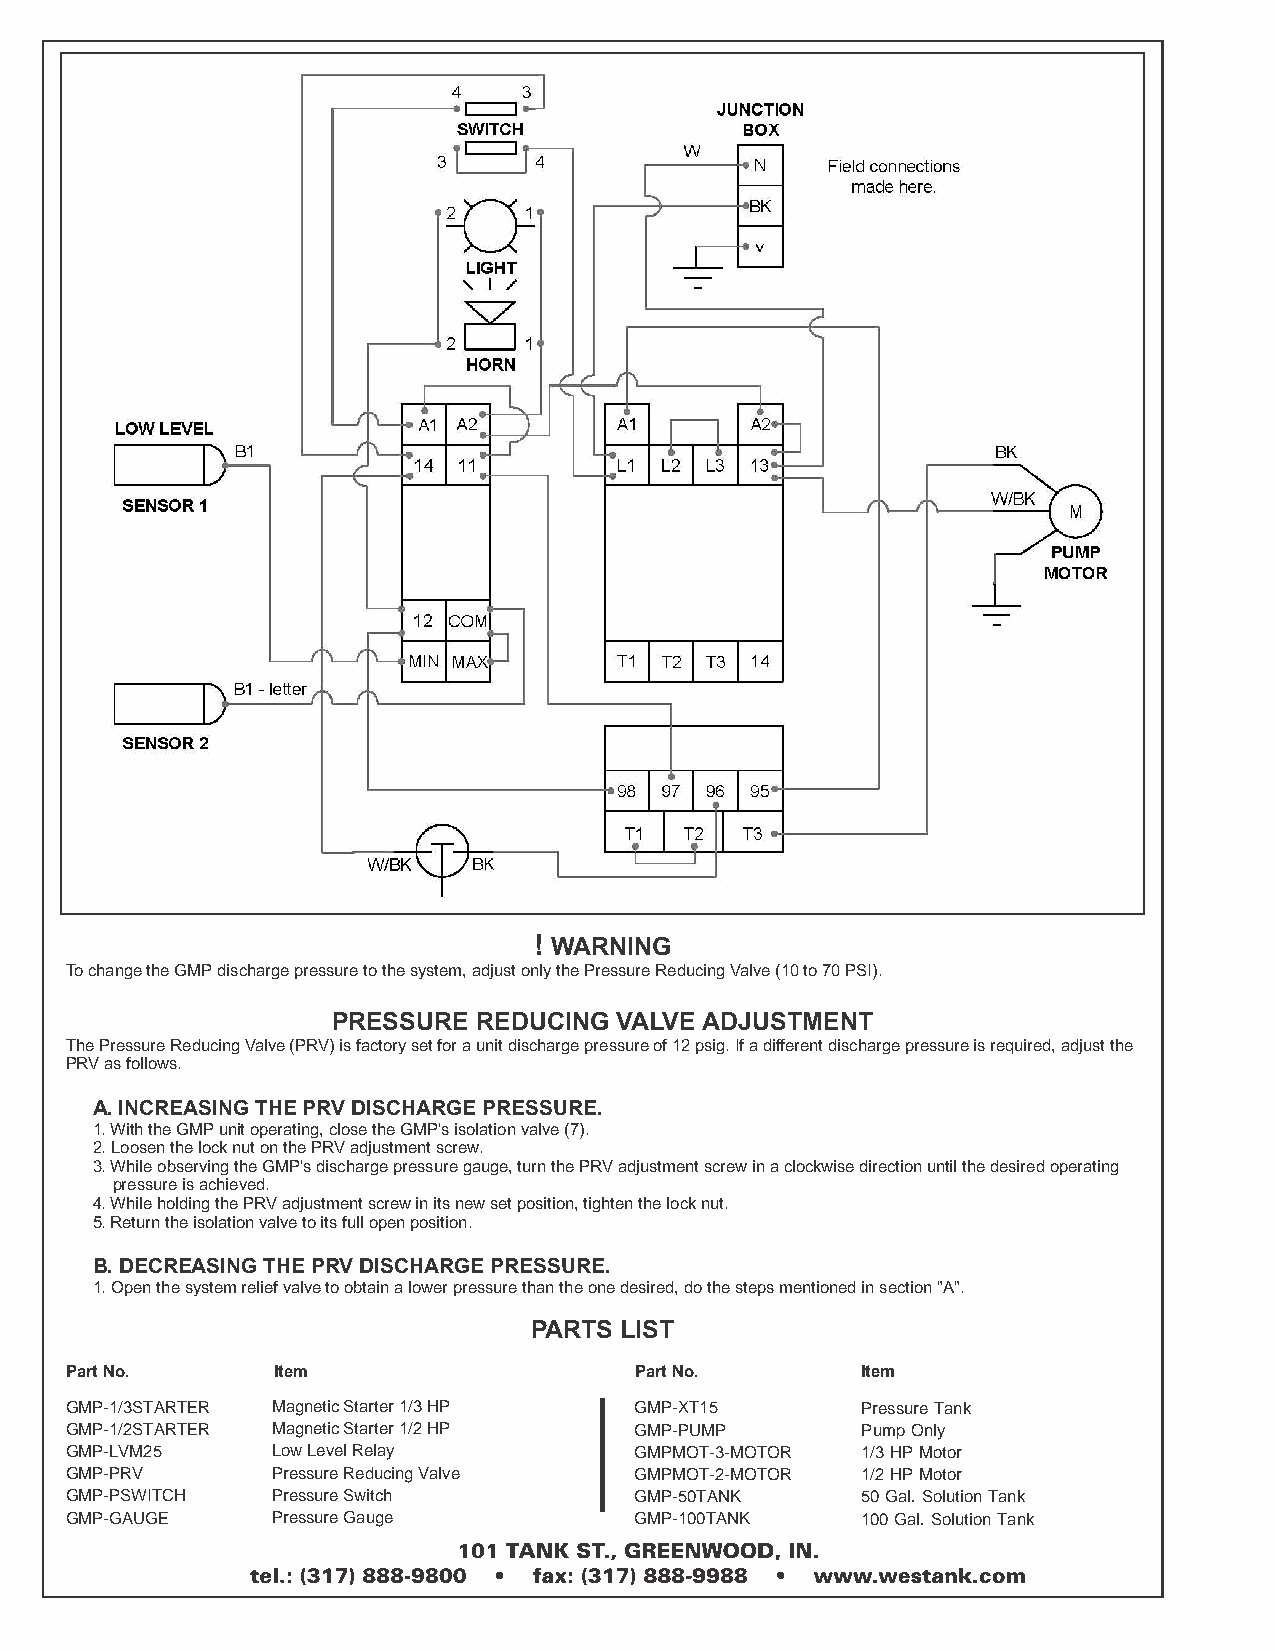
! WARNING
 To change the GMP discharge pressure to the system, adjust only the Pressure Reducing Valve (10 to 70 PSI).
 PRESSURE  REDUCING VALVE ADJUSTMENT
 The Pressure Reducing Valve (PRV) is factory set for a unit discharge pressure of 12 psig. If a different discharge pressure is required, adjust the
 PRV as follows.
 A. INCREASING THE PRV DISCHARGE PRESSURE.
 1. With the GMP unit operating, close the GMP's isolation valve (7).
 2. Loosen the lock nut on the PRV adjustment screw.
 3. While observing the GMP's discharge pressure gauge, turn the PRV adjustment screw in a clockwise direction until the desired operating
 pressure is achieved.
 4. While holding the PRV adjustment screw in its new set position, tighten the lock nut.
 5. Return the isolation valve to its full open position.
 B. DECREASING THE PRV DISCHARGE PRESSURE.
 1. Open the system relief valve to obtain a lower pressure than the one desired, do the steps mentioned in section "A".
 PARTS LIST
 Part No.      Item                    Part No.       Item
 GMP-1/3STARTER Magnetic Starter 1/3 HP GMP-XT15      Pressure Tank
 GMP-1/2STARTER Magnetic Starter 1/2 HP GMP-PUMP      Pump Only
 GMP-LVM25     Low Level Relay         GMPMOT-3-MOTOR 1/3 HP Motor
 GMP-PRV       Pressure Reducing Valve GMPMOT-2-MOTOR 1/2 HP Motor
 GMP-PSWITCH   Pressure Switch         GMP-50TANK     50 Gal. Solution Tank
 GMP-GAUGE     Pressure Gauge          GMP-100TANK    100 Gal. Solution Tank